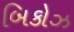
બિકોઝ